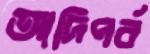
আদিপর্ব